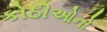
કોઠીઓનો